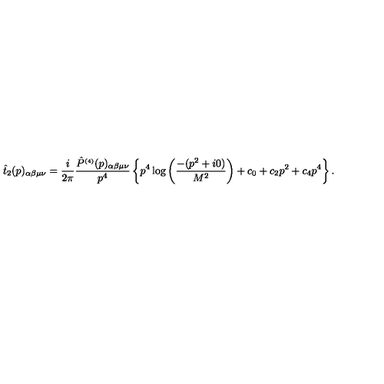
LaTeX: \hat { t } _ { 2 } ( p ) _ { \alpha \beta \mu \nu } = \frac { i } { 2 \pi } \frac { \hat { P } ^ { \scriptscriptstyle ( 4 ) } ( p ) _ { \alpha \beta \mu \nu } } { p ^ { 4 } } \left\{ p ^ { 4 } \log \left( \frac { - ( p ^ { 2 } + i 0 ) } { M ^ { 2 } } \right) + c _ { 0 } + c _ { 2 } p ^ { 2 } + c _ { 4 } p ^ { 4 } \right\} .